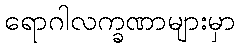
ရောဂါလက္ခဏာများမှာ